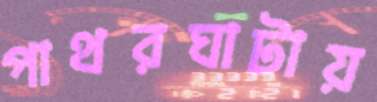
পাথরঘাটায়